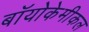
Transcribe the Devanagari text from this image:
बॉयोकेमीकल